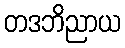
တဒဘိညာယ